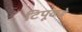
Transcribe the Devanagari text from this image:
टिपूकडे